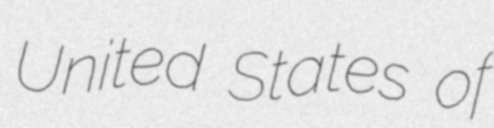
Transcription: United States of